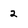
Character: 2